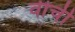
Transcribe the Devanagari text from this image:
वीची